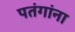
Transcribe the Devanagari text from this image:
पतंगांना